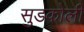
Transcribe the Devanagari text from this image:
सुडकोली